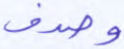
وصدف